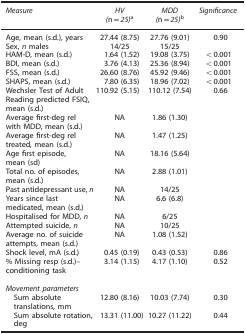
<table><thead><tr><td><b><i>Measure</i></b></td><td><b><i>HV (</i>n=<i>25)</i>a</b></td><td><b><i>MDD (</i>n=<i>25)</i>b</b></td><td><b><i>Significance</i></b></td></tr></thead><tbody><tr><td>Age, mean (s.d.), years</td><td>27.44 (8.75)</td><td>27.76 (9.01)</td><td>0.90</td></tr><tr><td>Sex, <i>n</i> males</td><td>14/25</td><td>15/25</td><td> </td></tr><tr><td>HAM-D, mean (s.d.)</td><td>1.64 (1.52)</td><td>19.08 (3.75)</td><td>&lt;0.001</td></tr><tr><td>BDI, mean (s.d.)</td><td>3.76 (4.13)</td><td>25.36 (8.94)</td><td>&lt;0.001</td></tr><tr><td>FSS, mean (s.d.)</td><td>26.60 (8.76)</td><td>45.92 (9.46)</td><td>&lt;0.001</td></tr><tr><td>SHAPS, mean (s.d.)</td><td>7.80 (6.35)</td><td>18.96 (7.02)</td><td>&lt;0.001</td></tr><tr><td>Wechsler Test of Adult</td><td>110.92 (5.15)</td><td>110.12 (7.54)</td><td>0.66</td></tr><tr><td>Reading predicted FSIQ, mean (s.d.)</td><td> </td><td> </td><td> </td></tr><tr><td>Average first-deg rel with MDD, mean (s.d.)</td><td>NA</td><td>1.86 (1.30)</td><td> </td></tr><tr><td>Average first-deg rel treated, mean (s.d.)</td><td>NA</td><td>1.47 (1.25)</td><td> </td></tr><tr><td>Age first episode, mean (sd)</td><td>NA</td><td>18.16 (5.64)</td><td> </td></tr><tr><td>Total no. of episodes, mean (s.d.)</td><td>NA</td><td>2.88 (1.01)</td><td> </td></tr><tr><td>Past antidepressant use, <i>n</i></td><td>NA</td><td>14/25</td><td> </td></tr><tr><td>Years since last medicated, mean (s.d.)</td><td>NA</td><td>6.6 (6.8)</td><td> </td></tr><tr><td>Hospitalised for MDD, <i>n</i></td><td>NA</td><td>6/25</td><td> </td></tr><tr><td>Attempted suicide, <i>n</i></td><td>NA</td><td>10/25</td><td> </td></tr><tr><td>Average no. of suicide attempts, mean (s.d.)</td><td>NA</td><td>1.08 (1.52)</td><td> </td></tr><tr><td>Shock level, mA (s.d.)</td><td>0.45 (0.19)</td><td>0.43 (0.53)</td><td>0.86</td></tr><tr><td>% Missing resp (s.d.)–conditioning task</td><td>3.14 (1.15)</td><td>4.17 (1.10)</td><td>0.52</td></tr><tr><td> </td><td> </td><td> </td><td> </td></tr><tr><td colspan="4"><i>Movement parameters</i></td></tr><tr><td> Sum absolute translations, mm</td><td>12.80 (8.16)</td><td>10.03 (7.74)</td><td>0.30</td></tr><tr><td> Sum absolute rotation, deg</td><td>13.31 (11.00)</td><td>10.27 (11.22)</td><td>0.44</td></tr></tbody></table>